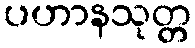
ပဟာနသုတ္တ